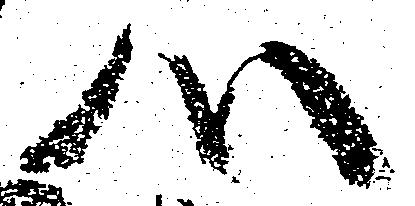
心